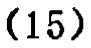
-15